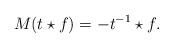
LaTeX: \begin{align*} M(t\star f)=-t^{-1}\star f.\end{align*}